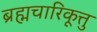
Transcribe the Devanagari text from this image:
ब्रह्मचारिकूत्तु